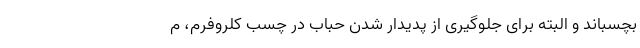
بچسباند و البته برای جلوگیری از پدیدار شدن حباب در چسب کلروفرم، م